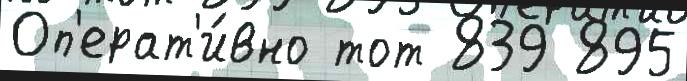
Оп'ерат'и́вно тот 839 895